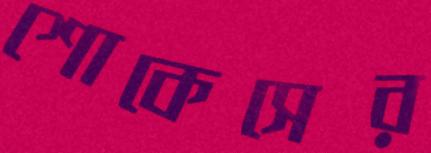
শোকেসের